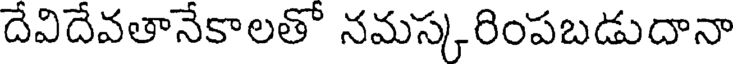
దేవిదేవతానేకాలతో నమస్కరింపబడుదానా